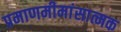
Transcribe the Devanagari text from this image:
प्रमाणमीमांसात्मक